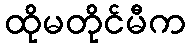
ထိုမတိုင်မီက